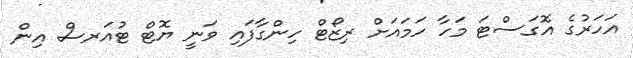
އަހަރުގެ އޮގަސްޓަ މަހާ ހަމައަށް ރިޒޯޓް ހިންގާފައި ވަނީ ޔޮޓް ޓުއަރސް އިން